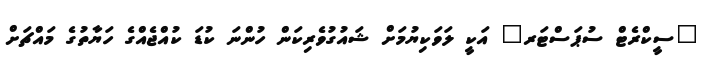
"ސީކްރެޓް ސުޕަސްޓަރ" އަކީ ލަވަކިޔުމަށް ޝައުގުވެރިކަން ހުންނަ ކުޑަ ކުއްޖެއްގެ ހަޔާތުގެ މައްޗަށް